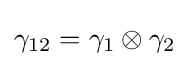
\gamma _{12}=\gamma _{1}\otimes \gamma _{2}